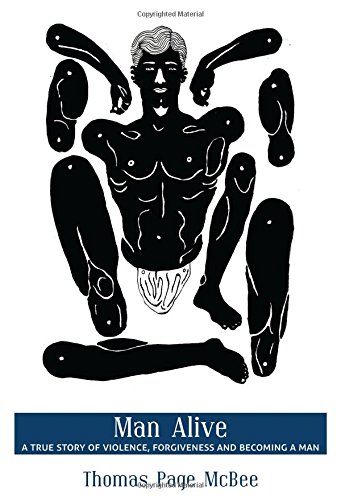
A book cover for Man Alive: A True Story of Violence, Forgiveness and Becoming a Man (City Lights/Sister Spit); Thomas  Page McBee; Gay & Lesbian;